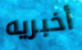
أخبريه